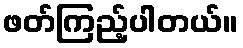
ဖတ်ကြည့်ပါတယ်။